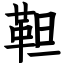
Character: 靼